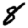
Digit: 8